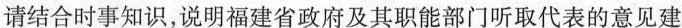
请结合时事知识，说明福建省政府及其职能部门听取代表的意见建